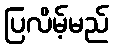
ပြလိမ့်မည်